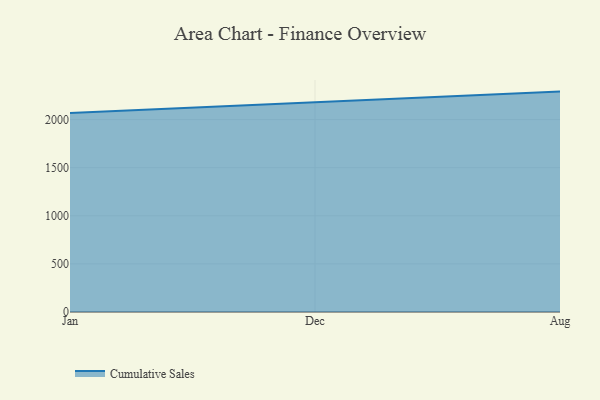
{"axis": {"x": "Month", "y": "Customer Acquisition Cost (USD)"}, "legend": ["Cumulative Sales"], "data": [{"x": "Jan", "y": 2068.6, "type": "Cumulative Sales"}, {"x": "Dec", "y": 2183.0, "type": "Cumulative Sales"}, {"x": "Aug", "y": 2291.0, "type": "Cumulative Sales"}]}